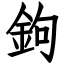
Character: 鉤